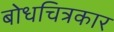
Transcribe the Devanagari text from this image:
बोधचित्रकार